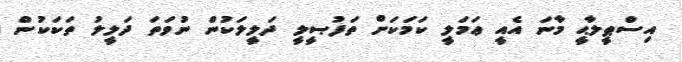
އިސްޠީލާޙީ މާނަ އެއީ ޢަމަލީ ކަމަކަށް ތަފުޞީލީ ދަލީލަކުން ނުވަތަ ދަލީލު ތަކަކުން